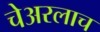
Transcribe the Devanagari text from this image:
चेअरलाच